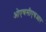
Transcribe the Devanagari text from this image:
ओएचसीएचआर